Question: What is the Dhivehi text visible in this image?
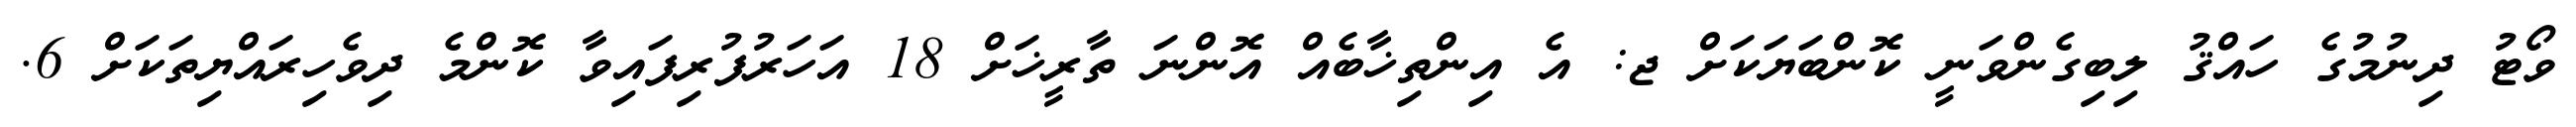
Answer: ވޯޓު ދިނުމުގެ ހައްޤު ލިބިގެންވަނީ ކޮންބަޔަކަށް ޖ: އެ އިންތިޚާބެއް އޮންނަ ތާރީޚަށް 18 އަހަރުފުރިފައިވާ ކޮންމެ ދިވެހިރައްޔިތަކަށް 6.